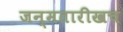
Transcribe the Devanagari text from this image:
जन्मतारीखच